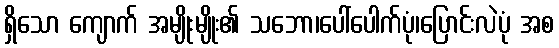
ရှိသော ကျောက် အမျိုးမျိုး၏ သဘော၊ပေါ်ပေါက်ပုံ၊ပြောင်းလဲပုံ အစ